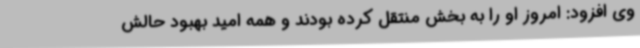
وی افزود: امروز او را به بخش منتقل کرده بودند و همه امید بهبود حالش